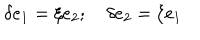
\delta e _ { 1 } = \xi e _ { 2 } ; \quad \delta e _ { 2 } = \xi e _ { 1 }